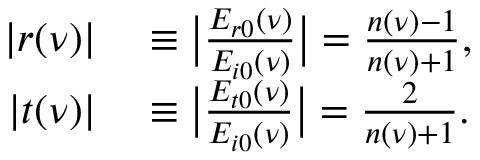
\begin{array} { r l } { | r ( \nu ) | } & { { } \equiv \big | \frac { E _ { r 0 } ( \nu ) } { E _ { i 0 } ( \nu ) } \big | = \frac { n ( \nu ) - 1 } { n ( \nu ) + 1 } , } \\ { | t ( \nu ) | } & { { } \equiv \big | \frac { E _ { t 0 } ( \nu ) } { E _ { i 0 } ( \nu ) } \big | = \frac { 2 } { n ( \nu ) + 1 } . } \end{array}